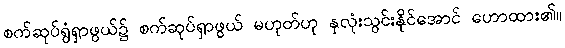
စက်ဆုပ်ရွံရှာဖွယ်၌ စက်ဆုပ်ရှာဖွယ် မဟုတ်ဟု နှလုံးသွင်းနိုင်အောင် ဟောထား၏။